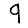
Digit: 9